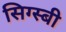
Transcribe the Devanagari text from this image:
सिग्स्बी